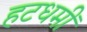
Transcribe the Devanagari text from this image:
हटधमीं